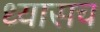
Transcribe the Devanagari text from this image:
ध्यासच